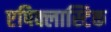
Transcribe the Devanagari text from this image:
एपिक्लास्टिक